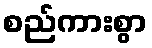
စည်ကားစွာ